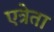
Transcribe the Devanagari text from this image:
एत्रेता